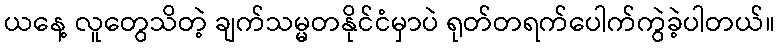
ယနေ့ လူတွေသိတဲ့ ချက်သမ္မတနိုင်ငံမှာပဲ ရုတ်တရက်ပေါက်ကွဲခဲ့ပါတယ်။